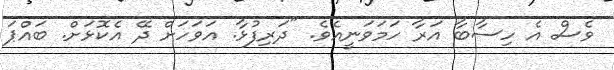
ވެސް އެ ހިސާބާ އަރާ ހަމަވަނީއެވެ. "ދަރިފުޅާ. އަވަހަށް ދޭ އެކޮޅަށް. ބައްޕަ